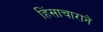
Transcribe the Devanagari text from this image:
हिंसाचाराने